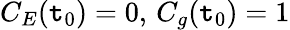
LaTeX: C_{E}(\mathtt{t}_{0})=0,\, C_{g}(\mathtt{t}_{0})=1